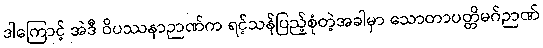
ဒါကြောင့် အဲဒီ ဝိပဿနာဉာဏ်က ရင့်သန်ပြည့်စုံတဲ့အခါမှာ သောတာပတ္တိမဂ်ဉာဏ်